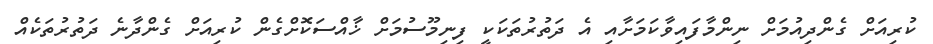
ކުރިއަށް ގެންދިއުމަށް ނިންމާފައިވާކަމަށާއި އެ ދަތުރުތަކަކީ ފިނިމޫސުމަށް ޚާއްސަކޮށްގެން ކުރިއަށް ގެންދާނެ ދަތުރުތަކެއް